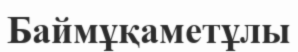
Баймұқаметұлы